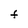
Character: F